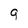
Character: g